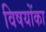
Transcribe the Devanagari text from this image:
विषयोंका